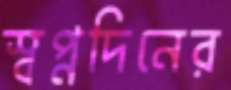
স্বপ্নদিনের